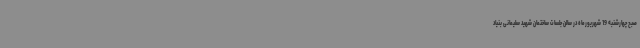
صبح چهارشنبه 19 شهریورماه در سالن جلسات ساختمان شهید سلیمانی بنیاد